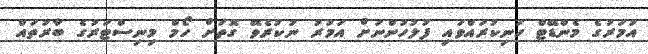
އުމަރުގެ މެންޑޭޓް ހަނިކުރައްވައި ފުލުހުންނަށް އަމުރު ނުކުރެވޭ ގޮތަށް ހޯމް މިނިސްޓަރުގެ ބާރުތައް